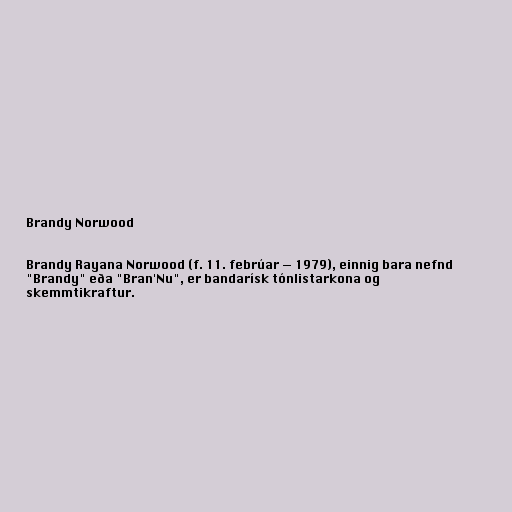
Brandy Norwood

Brandy Rayana Norwood (f. 11. febrúar — 1979), einnig bara nefnd
"Brandy" eða "Bran'Nu", er bandarísk tónlistarkona og
skemmtikraftur.